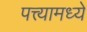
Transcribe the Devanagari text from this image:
पत्त्यामध्ये